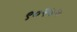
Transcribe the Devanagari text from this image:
९०२७७